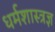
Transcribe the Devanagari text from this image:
धर्मशास्त्रज्ञ